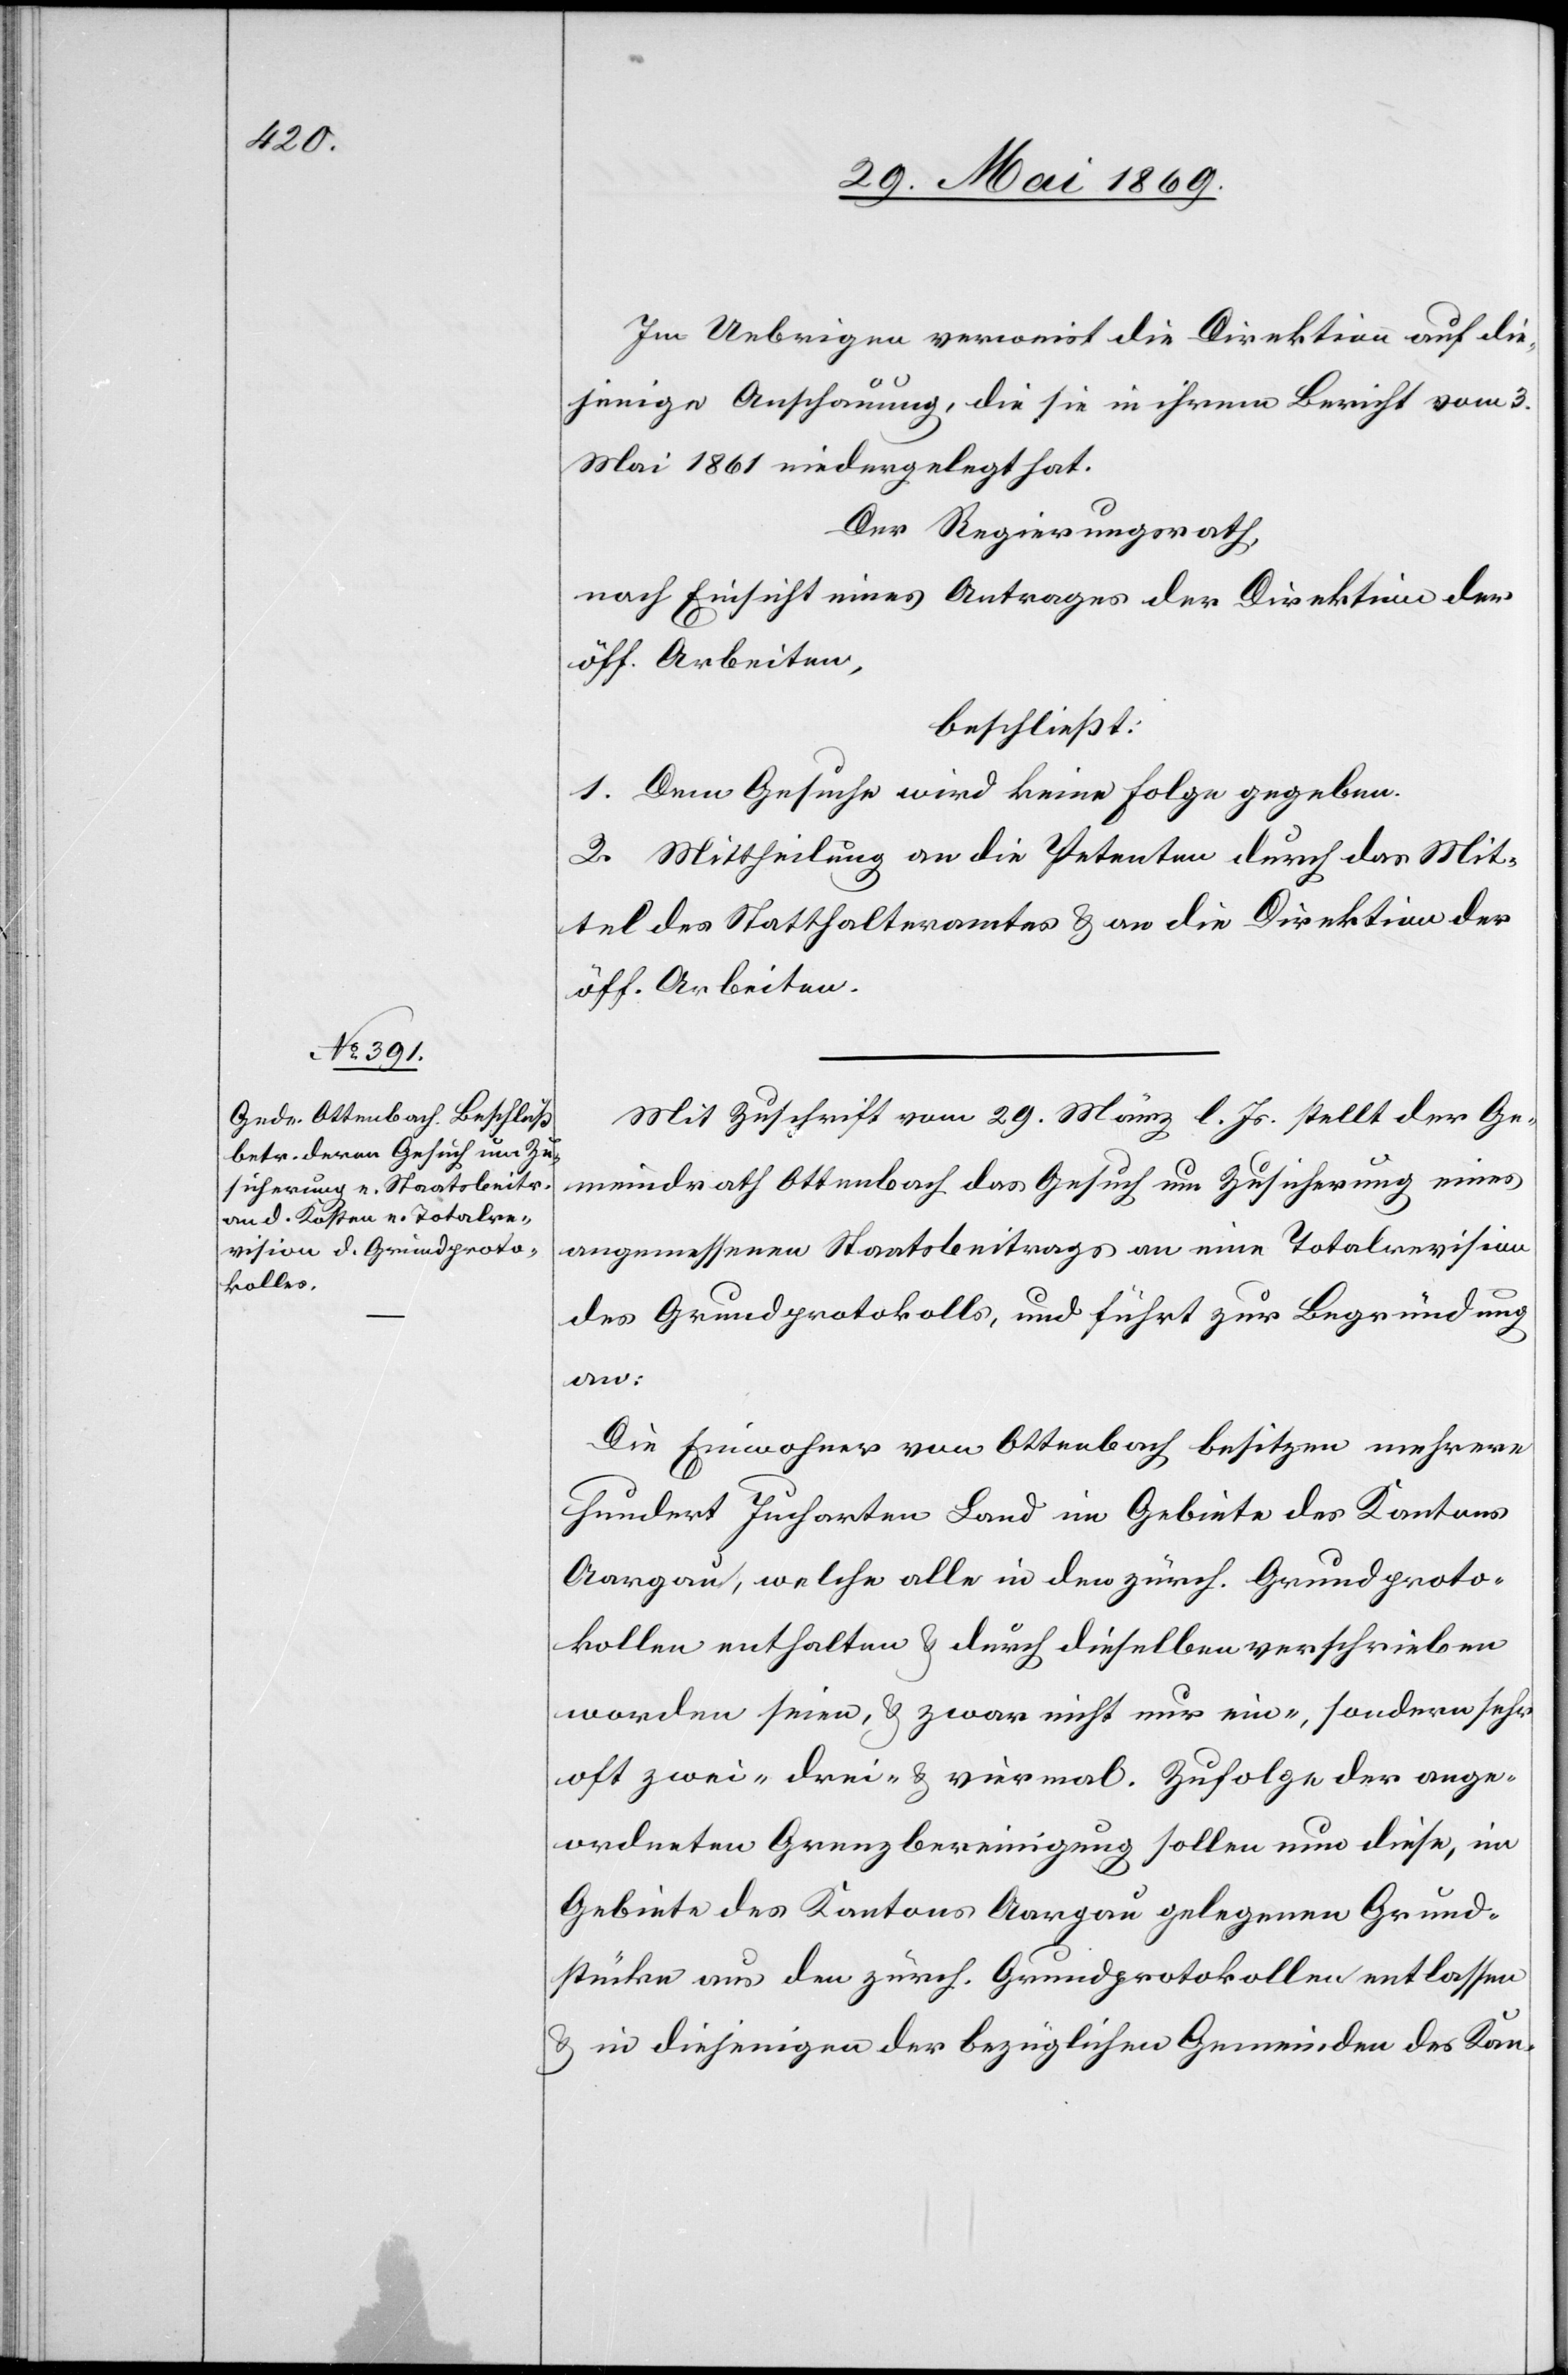
Im Uebrigen verweist die Direktion auf die¬
jenige Anschauung, die sie in ihrem Bericht vom 3
Mai 1861 niedergelegt hat.
Der Regierungsrath,
nach Einsicht eines Antrages der Direktion der
öff. Arbeiten,
beschließt:
1. Dem Gesuche wird keine Folge gegeben.
2. Mittheilung an die Petenten durch das Mit¬
tel des Statthalteramtes u. an die Direktion der
öff. Arbeiten.
Mit Zuschrift vom 29. März l. Js. stellt der Ge¬
meindrath Ottenbach das Gesuch um Zusicherung eines
angemessenen Staatsbeitrags an eine Totalrevision
des Grundprotokolls, und führt zur Begründung
an:
Die Einwohner von Ottenbach besitzen mehrere
hundert Jucharten Land im Gebiete des Kantons
Aargau, welche alle in den zürch. Grundproto¬
kollen enthalten u. durch dieselben verschrieben
worden seien, u. zwar nicht nur ein-, sondern sehr
oft zwei- drei- u. viermal. Zufolge der ange¬
ordneten Grenzbereinigung sollen nun diese, im
Gebiete des Kantons Aargau gelegenen Grund¬
stücke aus den zürch. Grundprotokollen entlassen
u. in diejenigen der bezüglichen Gemeinden des Kan-